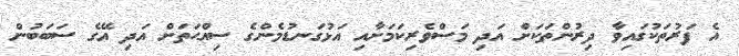
އެ ފަރުތަކުގައިވާ ދިރުންތަކަށް އަދި މަސްވެރިކަމަށާއި އަޅުގަނޑުމެންގެ ސިއްޙަތަށް އަދި އޭގެ ސަބަބުން